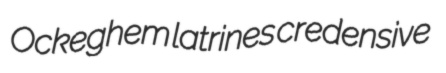
Ockeghem latrines credensive